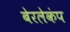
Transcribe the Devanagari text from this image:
बेरलेकंप